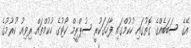
އޭގެ ސަބަބެއްގެ ގޮތުގައި ހުކުމްގައި ފާހަގަކުރީ ސުޕްރީމް ކޯޓުގެ ހުކުމްތައް ރިވިއު ކުރުމުގެ